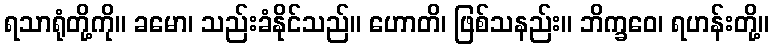
ရသာရုံတို့ကို။ ခမော၊ သည်းခံနိုင်သည်။ ဟောတိ၊ ဖြစ်သနည်း။ ဘိက္ခဝေ၊ ရဟန်းတို့။